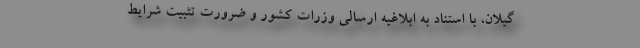
گیلان، با استناد به ابلاغیه ارسالی وزرات کشور و ضرورت تثبیت شرایط